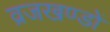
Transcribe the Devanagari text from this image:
व्रजखण्डों